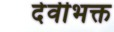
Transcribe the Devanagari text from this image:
देवीभक्त